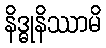
နိဒ္ဓုနိဿာမိ